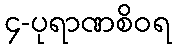
၄-ပုရာဏစိဝရ